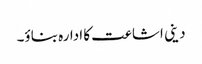
دینی اشاعت کا ادارہ بناؤ۔